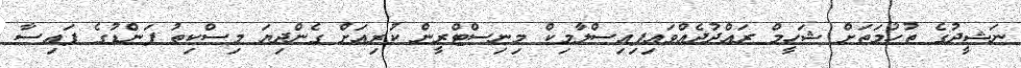
ނަޝީދުގެ ތުހުމަތަށް ޝަހީމް ރައްދުދެއްވައިފިއިސްލާމިކް މިނިސްޓްރީން ކުރިއަށް ގެންދިޔަ މިސްކިތު ފަންޑުގެ ފައިސާ